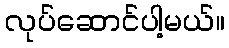
လုပ်ဆောင်ပါ့မယ်။